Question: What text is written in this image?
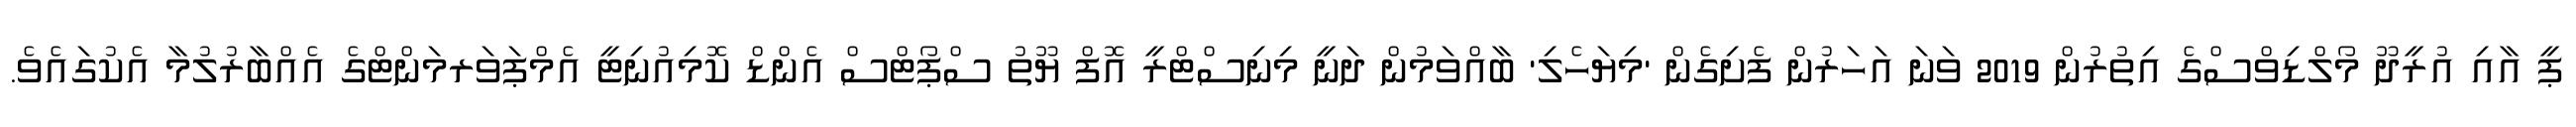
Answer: ޕީ އާއި އުރީދޫ މޯލްޑިވްސްގެ އިތުރުން 2019 ވަނަ އަހަރުން ފެށިގެން 'މިޔަހެލި' ބާއްވަމުން ދަނީ މިނިސްޓްރީ އޮފް ޔޫތު ސްޕޯޓްސް އެންޑް ކޮމިއުނިޓީ އެމްޕަވަރމަންޓްގެ އެއްބާރުލުމާ އެކުގައެވެ.